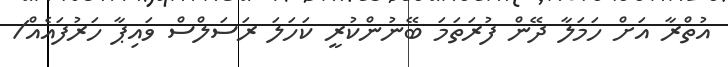
އުތްރާ އަށް ހަމަލާ ދޭން ފުރަތަމަ ބޭނުންކުރީ ކަހަލަ ރަސަލްސް ވައިޕާ ހަރުފައެއް/